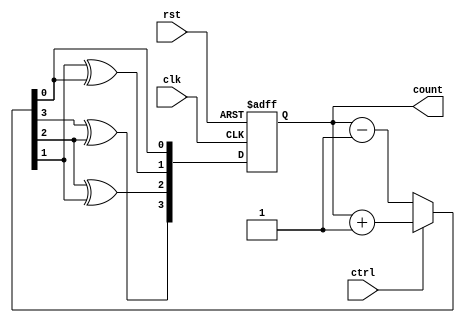
module up_down_gray_counter (
    input wire clk,
    input wire rst,
    input wire ctrl,
    output reg [3:0] count
);

reg [3:0] next_count;

always @(posedge clk or posedge rst) begin
    if (rst) begin
        count <= 4'b0000;
    end else begin
        if (ctrl) begin // count up
            next_count = count + 1;
        end else begin // count down
            next_count = count - 1;
        end
        
        // Convert binary to Gray code
        count[3] <= next_count[3] ^ next_count[2];
        count[2] <= next_count[2] ^ next_count[1];
        count[1] <= next_count[1] ^ next_count[0];
        count[0] <= next_count[0];
    end
end

endmodule